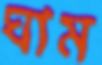
ঘাম